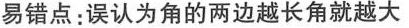
易错点：误认为角的两边越长角就越大